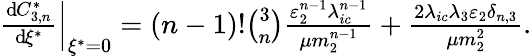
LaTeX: \begin{array}{r}{\left.{\frac{\operatorname{d}\! C_{3,n}^{*}}{\operatorname{d}\! \xi^{*}}}\right|_{\xi^{*}=0}=(n-1)!{\binom{3}{n}}\frac{\varepsilon_{2}^{n-1}\lambda_{ic}^{n-1}}{\mu m_{2}^{n-1}}+\frac{2\lambda_{ic}\lambda_{3}\varepsilon_{2}\delta_{n,3}}{\mu m_{2}^{2}}.}\end{array}